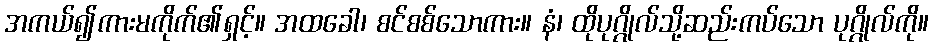
အကယ်၍ကားမကိုက်၏ရှင့်။ အထခေါ၊ စင်စစ်သောကား။ နံ၊ ထိုပုဂ္ဂိုလ်သို့ဆည်းကပ်သော ပုဂ္ဂိုလ်ကို။